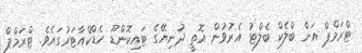
ޓްރަމްޕް އަށް ބްލެކް ބެލްޓު އެރުވުން އޮތީ ދުނިޔޭގެ ޓައިކޮންޑޫ ހެޑްކްއާޓަރުގައެވެ. ޓްރަމްޕް